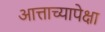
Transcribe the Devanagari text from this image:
आत्ताच्यापेक्षा